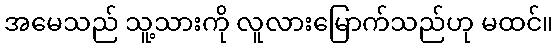
အမေသည် သူ့သားကို လူလားမြောက်သည်ဟု မထင်။